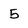
Character: 5